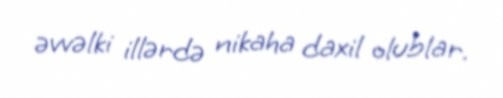
əvvəlki illərdə nikaha daxil olublar.